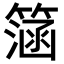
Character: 𥲌